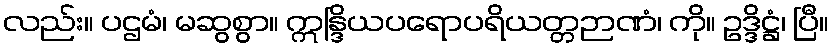
လည်း။ ပဌမံ၊ မဆွစွာ။ ဣန္ဒြိယပရောပရိယတ္တဉာဏံ၊ ကို။ ဥဒ္ဒိဋ္ဌံ၊ ပြီ။